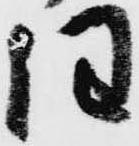
任